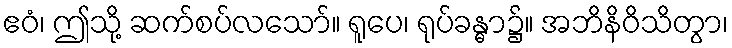
ဧဝံ၊ ဤသို့ ဆက်စပ်လသော်။ ရူပေ၊ ရုပ်ခန္ဓာ၌။ အဘိနိဝိသိတွာ၊